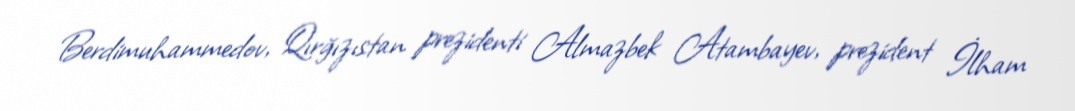
Berdimuhammedov, Qırğızıstan prezidenti Almazbek Atambayev, prezident İlham